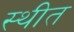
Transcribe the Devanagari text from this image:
स्‍थीत